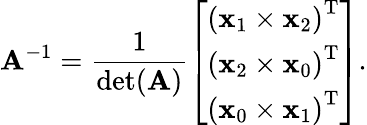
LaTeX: \mathbf{A}^{-1}={\frac{1}{\operatorname*{det}(\mathbf{A})}}{\left[\begin{array}{l}{{(\mathbf{x}_{1}\times\mathbf{x}_{2})}^{\mathrm{T}}}\\ {{(\mathbf{x}_{2}\times\mathbf{x}_{0})}^{\mathrm{T}}}\\ {{(\mathbf{x}_{0}\times\mathbf{x}_{1})}^{\mathrm{T}}}\end{array}\right]}.